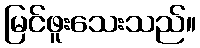
မြင်ဖူးသေးသည်။